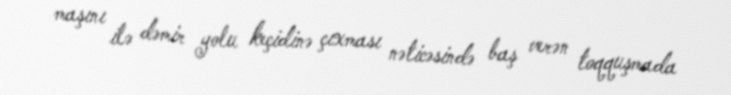
maşını ilə dəmir yolu keçidinə çıxması nəticəsində baş verən toqquşmada